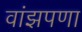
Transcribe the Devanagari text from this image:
वांझपणा